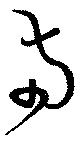
兩